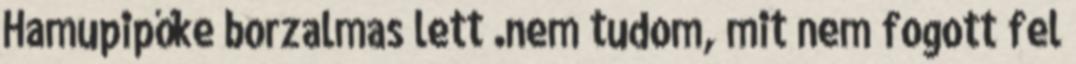
Hamupipőke borzalmas lett .nem tudom, mit nem fogott fel